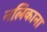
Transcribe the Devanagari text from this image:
नलिकाना